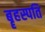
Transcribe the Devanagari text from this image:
बॄहस्पति